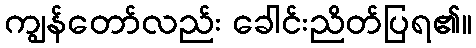
ကျွန်တော်လည်း ခေါင်းညိတ်ပြရ၏။